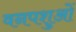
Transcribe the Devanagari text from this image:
वनपशुओं